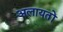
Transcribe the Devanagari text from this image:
अलायतों